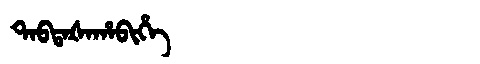
Manchu: ᡨᠠᠪᡨᠠᡧᠠᡥᠠᠪᡳᡥᡝ
Romanization: TABTAŠAHABIHE